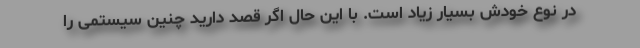
در نوع خودش بسیار زیاد است. با این حال اگر قصد دارید چنین سیستمی را